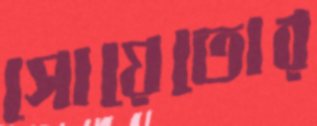
সোয়েতোর